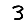
Digit: 3